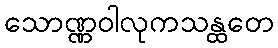
သောဏ္ဏဝါလုကသန္ထတေ